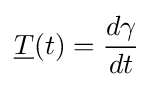
{\underline {T}}(t)={d\gamma  \over dt}